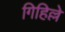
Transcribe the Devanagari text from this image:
गिहिल्ले